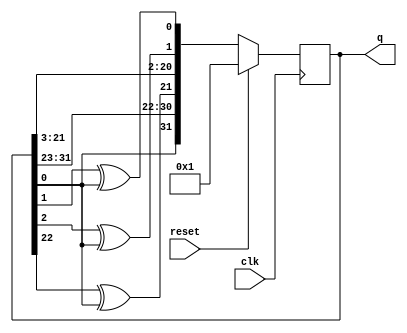
module top_module(
    input clk,
    input reset,    // Active-high synchronous reset to 32'h1
    output [31:0] q
); 
    always @(posedge clk)
        if(reset)
            q <= 32'h1;
    	else
            q <= {0^q[0],q[31:23],q[22] ^ q[0],q[21:3],q[2]^q[0],q[1] ^ q[0]};
endmodule